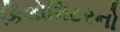
કિલોમિટરનો